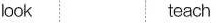
look teach